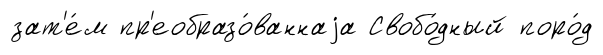
зат'е́м пр'еобразо́ваннаjа Свобо́дный поро́д